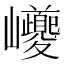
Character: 巙